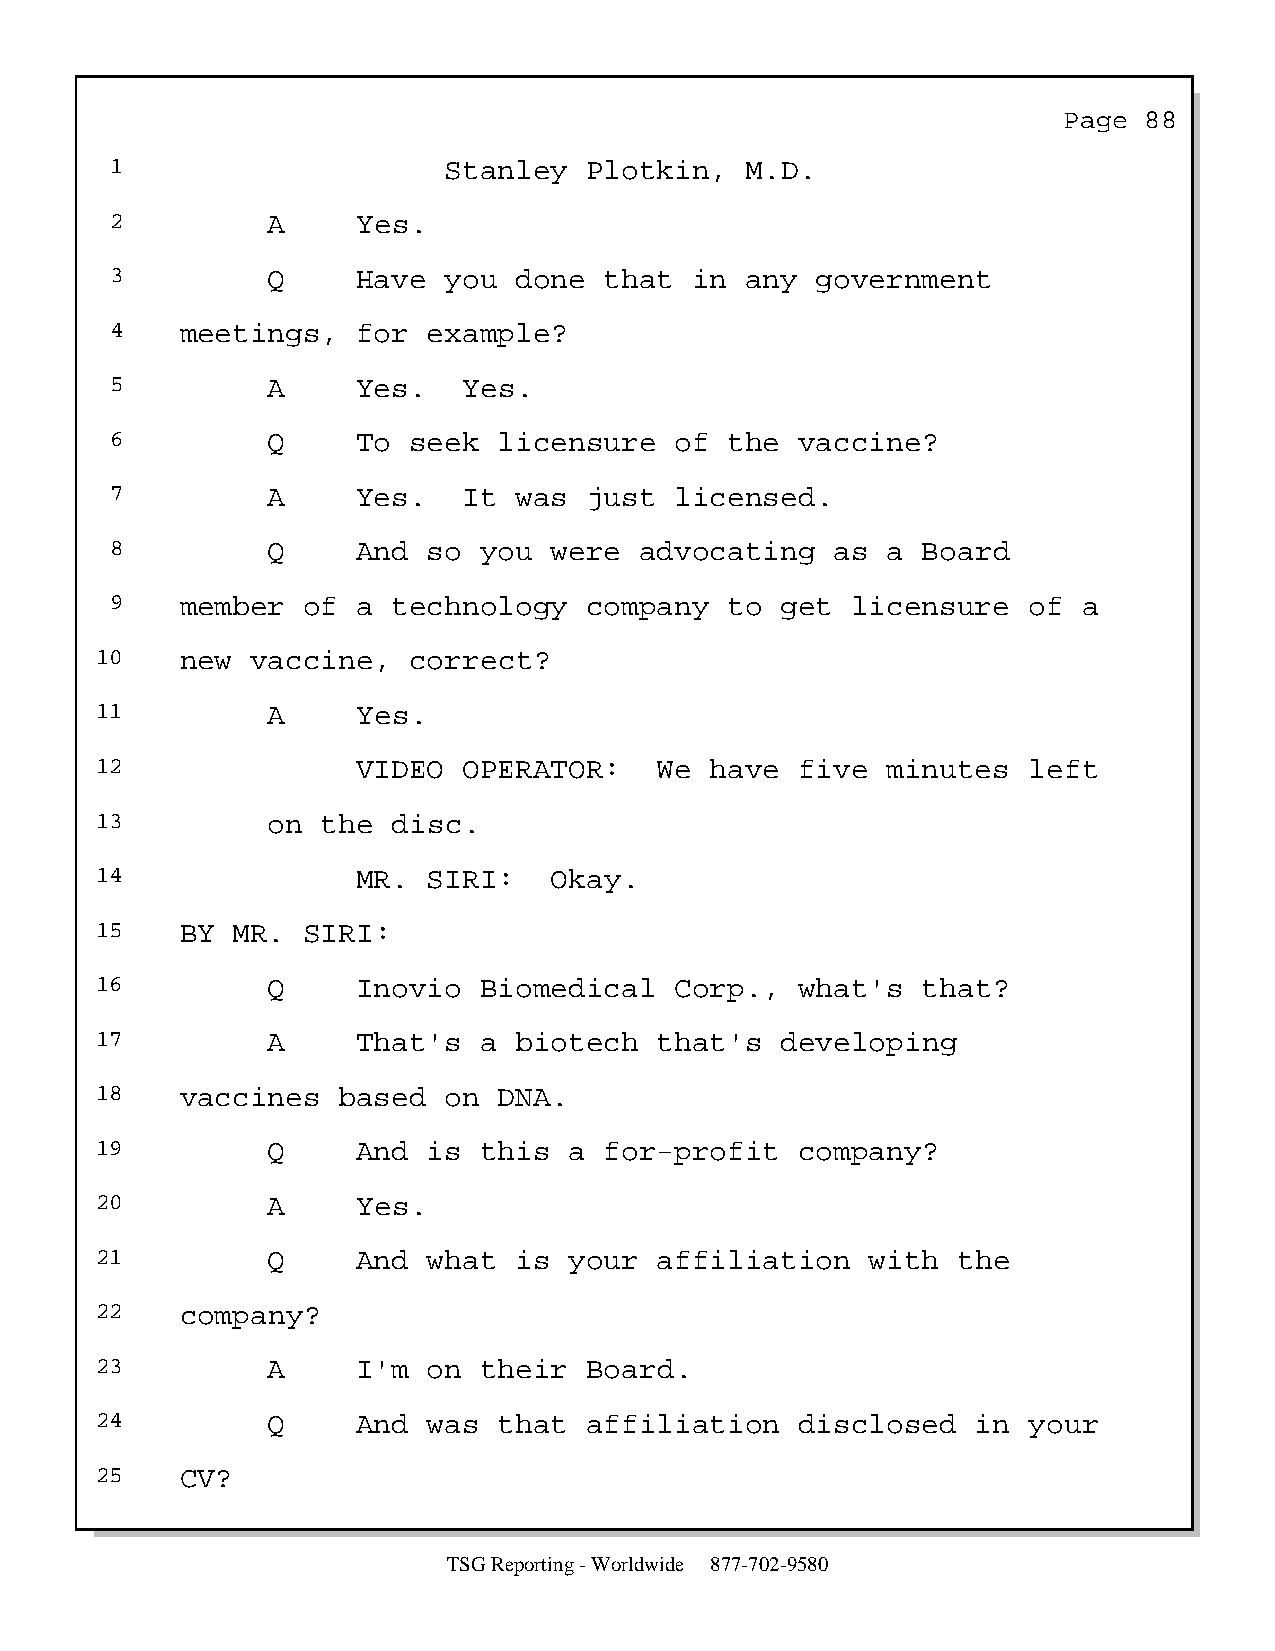
Page  88
 1                     Stanley   Plotkin,  M.D.
 2          A     Yes.
 3          Q     Have you  done  that  in any  government
 4    meetings,   for example?
 5          A     Yes.   Yes.
 6          Q     To seek  licensure   of the  vaccine?
 7          A     Yes.   It was  just  licensed.
 8          Q     And so  you were  advocating   as  a Board
 9    member  of  a technology   company  to  get licensure   of  a
 10    new  vaccine,  correct?
 11          A     Yes.
 12                VIDEO  OPERATOR:    We have  five  minutes  left
 13          on the  disc.
 14                MR. SIRI:   Okay.
 15    BY MR.  SIRI:
 16          Q     Inovio  Biomedical   Corp.,  what's  that?
 17          A     That's  a biotech   that's  developing
 18    vaccines  based  on  DNA.
 19          Q     And is  this  a for-profit   company?
 20          A     Yes.
 21          Q     And what  is  your  affiliation   with the
 22    company?
 23          A     I'm on  their  Board.
 24          Q     And was  that  affiliation   disclosed   in your
 25    CV?
 TSG Reporting - Worldwide 877-702-9580